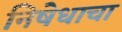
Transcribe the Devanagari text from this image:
निषेधाचा